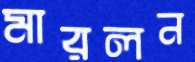
মারলন